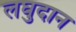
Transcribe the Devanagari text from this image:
लघुदान